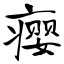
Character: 瘿